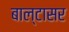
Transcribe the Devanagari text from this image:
बाल्टासर